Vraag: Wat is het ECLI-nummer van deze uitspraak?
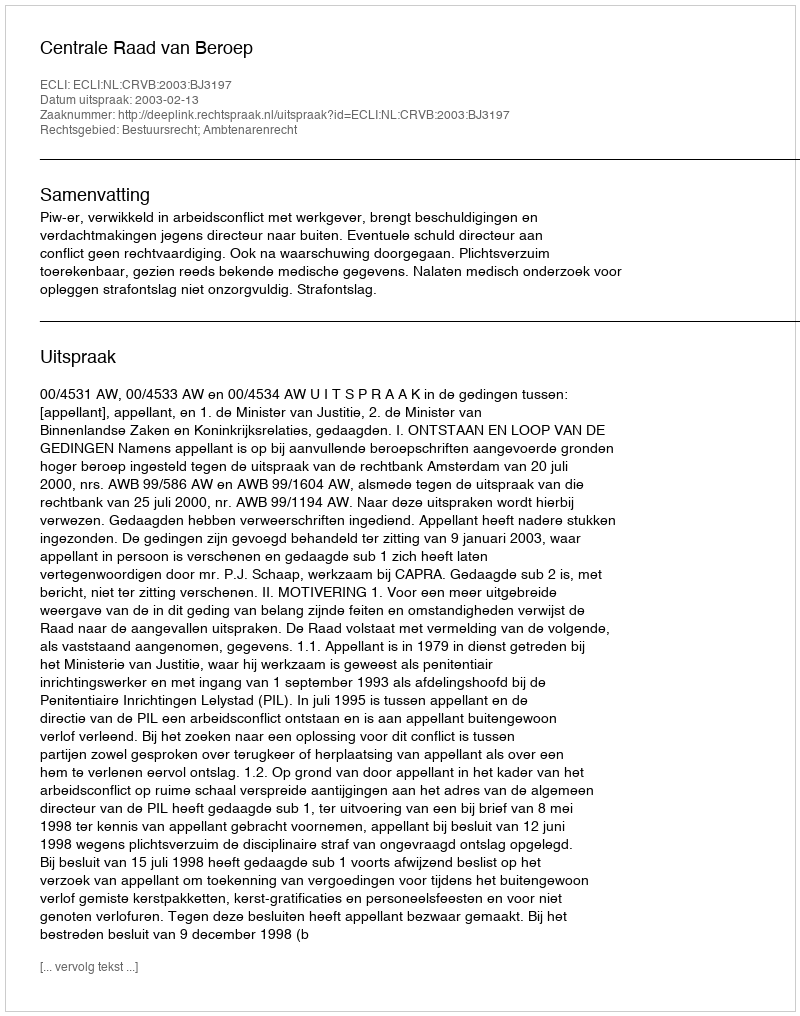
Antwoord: ECLI:NL:CRVB:2003:BJ3197